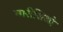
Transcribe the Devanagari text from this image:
मारीशिओ